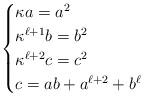
LaTeX: \begin{align*}\begin{cases}\kappa a=a^2\\\kappa^{\ell+1}b=b^2\\\kappa^{\ell+2}c=c^2\\c=ab+a^{\ell+2}+b^\ell\end{cases}\end{align*}